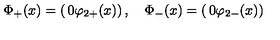
\Phi _ { + } ( x ) = \left( \begin{matrix} { 0 } \\ { \varphi _ { 2 + } ( x ) } \\ \end{matrix} \right) , \quad \Phi _ { - } ( x ) = \left( \begin{matrix} { 0 } \\ { \varphi _ { 2 - } ( x ) } \\ \end{matrix} \right)